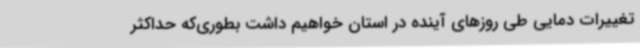
تغییرات دمایی طی روزهای آینده در استان خواهیم داشت بطوری‌که حداکثر